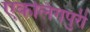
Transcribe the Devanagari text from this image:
एकलिंगपुरी